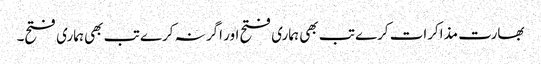
بھارت مذاکرات کرے تب بھی ہماری فتح اور اگر نہ کرے تب بھی ہماری فتح۔